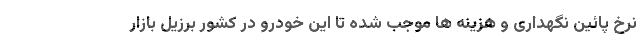
نرخ پائین نگهداری و هزینه ها موجب شده تا این خودرو در کشور برزیل بازار